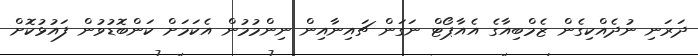
ދަރަނި ނުދެއްކިގެން ޒެމްބިއާގެ އެއާޕޯޓް ނަގަން ޗައިނާއިން ނިންމުމުން އެކަމަށް ކަންބޮޑުވުން ފައުޅުކޮށް